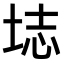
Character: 𫭰